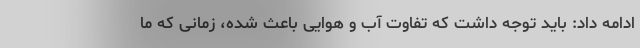
ادامه داد: باید توجه داشت که تفاوت آب و هوایی باعث شده، زمانی که ما